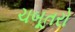
ચબૂતરો